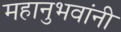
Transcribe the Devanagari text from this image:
महानुभवांनी